NAE_EAA_T-354_Tartu_Tamme_Gumnaasium, lk 13
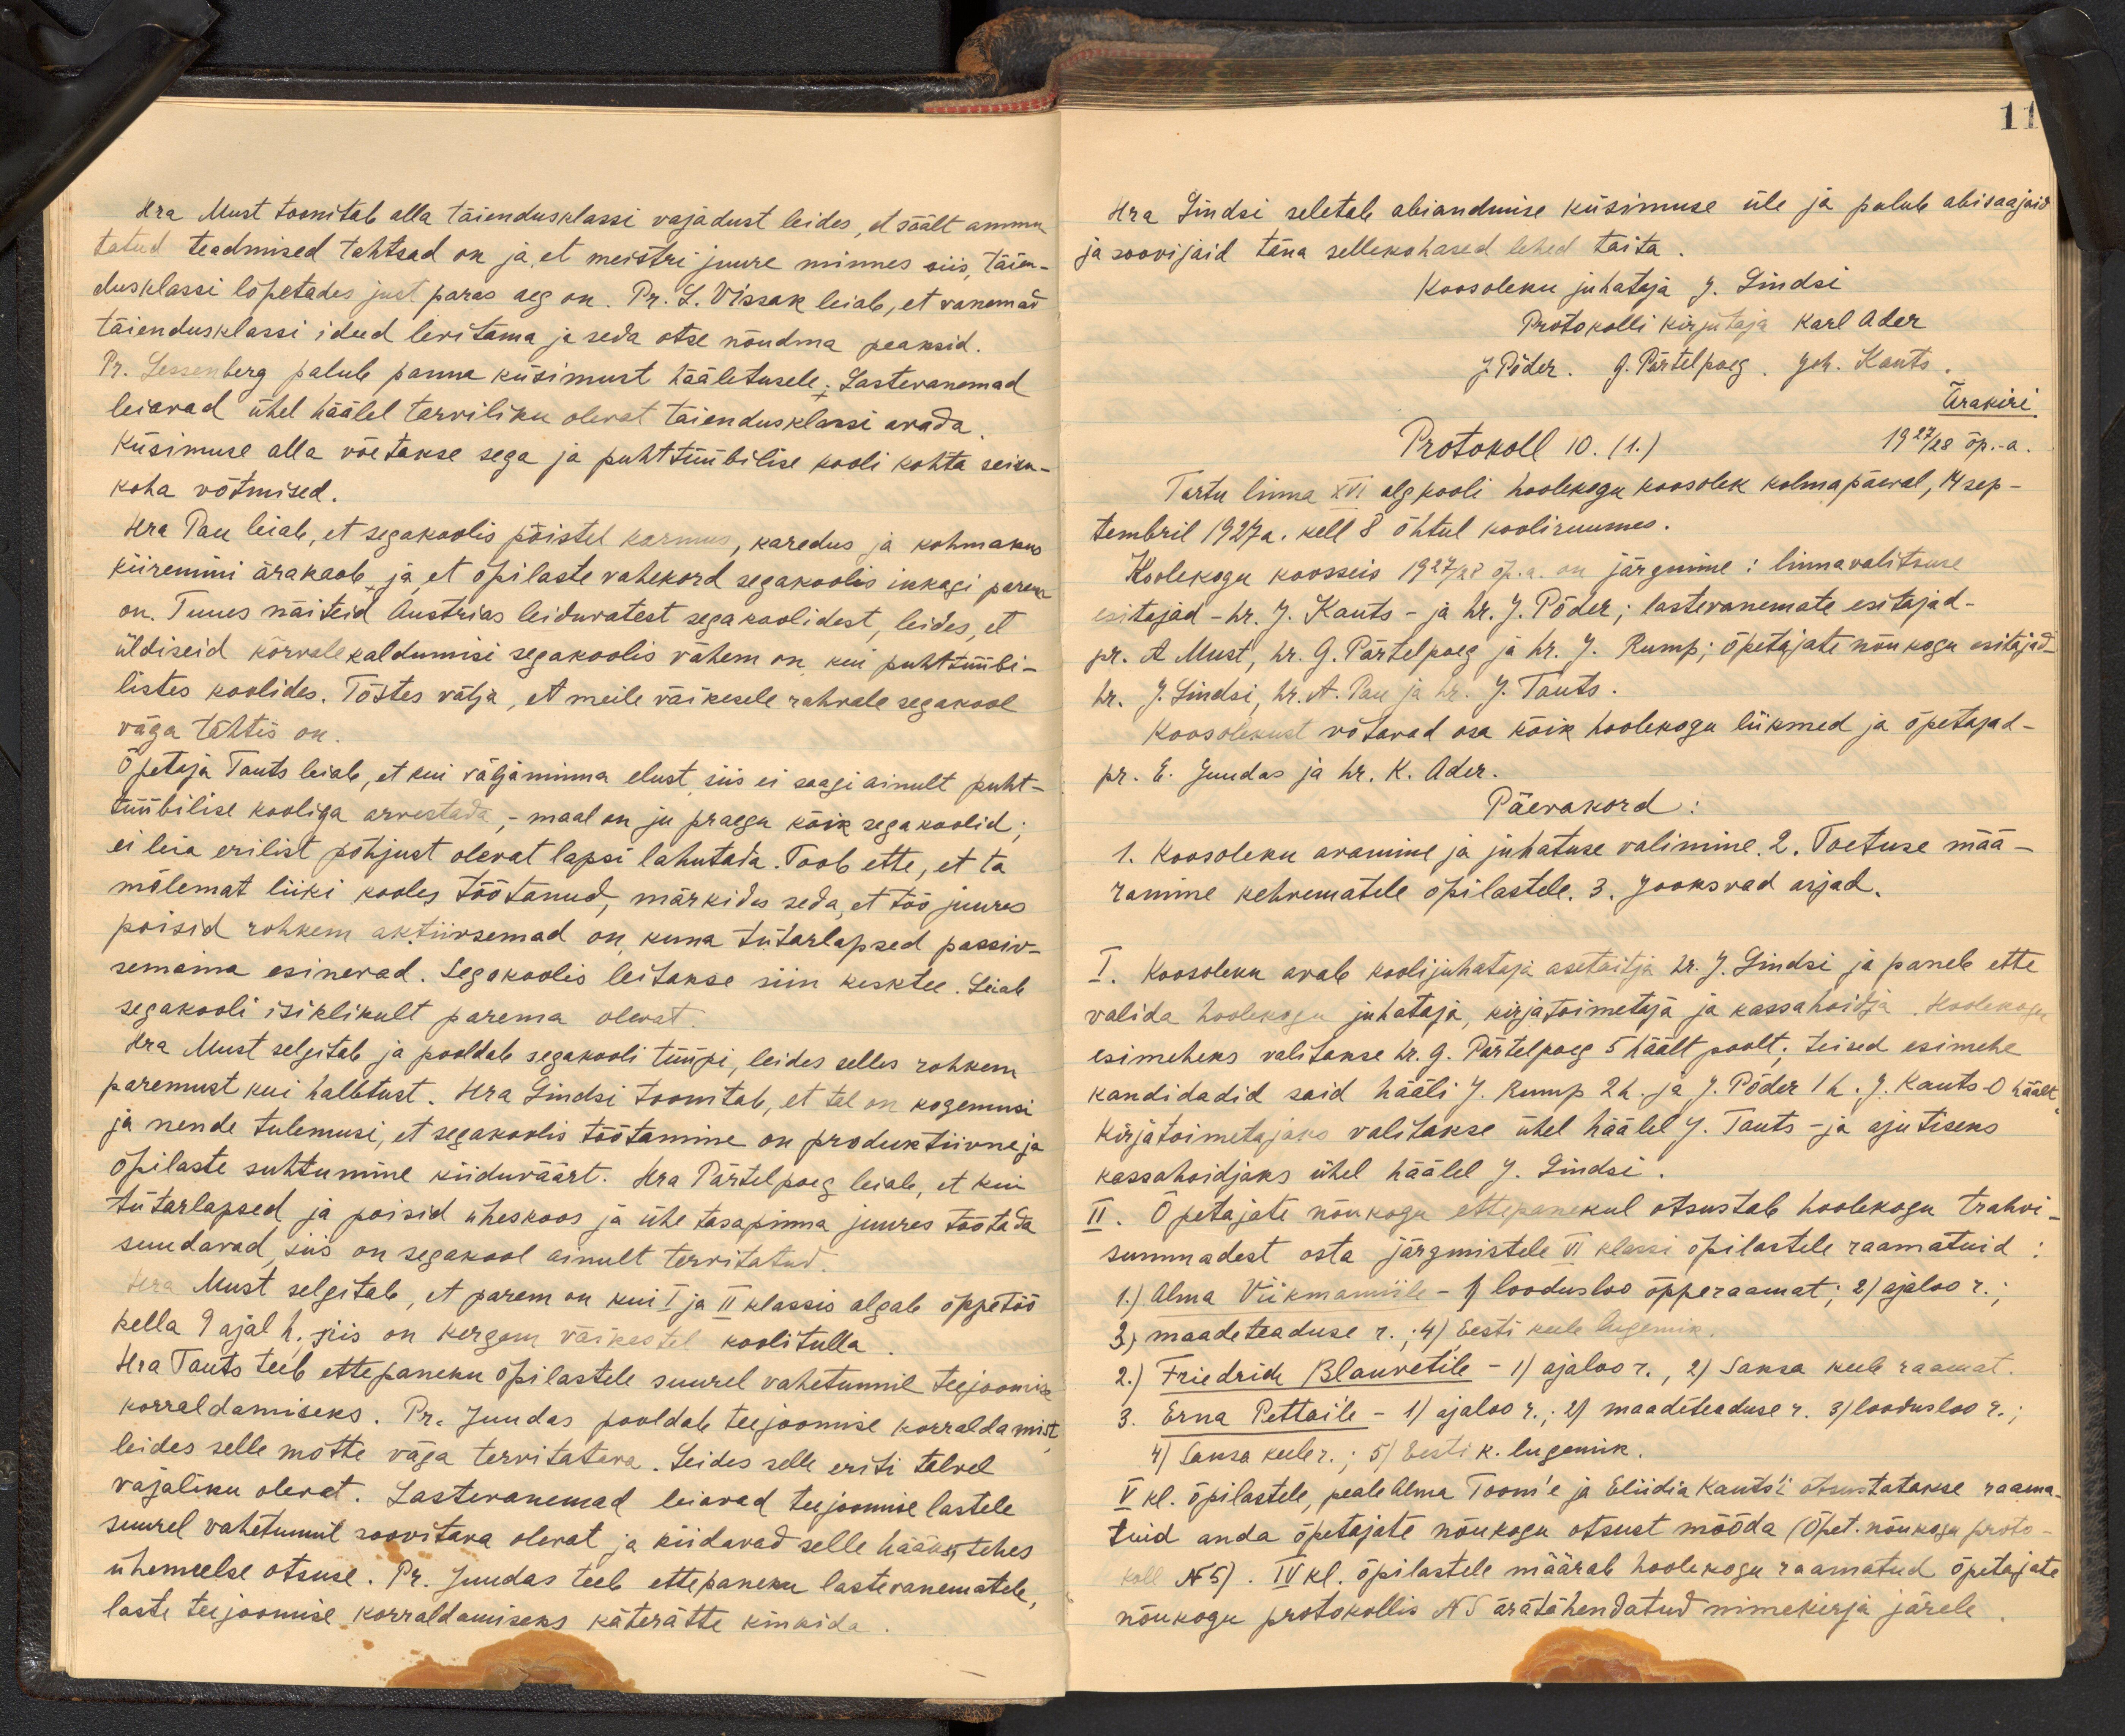
Hra Must toonitab alla täiendusklassi vajadust leides, et säält ammu
tatud teadmised tahtsad on ja et meistri juure minnes siis täien.
dusklassi lõpetades just paras aeg on. Pr. L. Vissak leiab, et vanemad
täiendusklassi ideed levitama ja seda otse nõudma peaksid.
Pr. Lessenberg palub panna küsimust hääletusele. Lastevanemad
leiavad ühel häälel tarviliku olevat täiendusklassi avada
Küsimuse alla võetakse sega ja puhttüübilise kooli kohta seisu-
koha võtmised.
Hra Pau leiab, et segakoolis poistel karmus, karedus ja kohmakus
kiiremini ärakaob ja et õpilaste vahekord segakoolis ikkagi parem
on. Tuues näiteid Austrias leiduvatest segakoolidest, leides, et
üldiseid kõrvale kaldumisi segakoolis vähem on kui puhttüübi-
listes koolides. Tõstes välja, et meile väikesele rahvale segakool
väga tähtis on.
Õpetaja Tauts leiab, et kui välja minna elust siis ei saagi ainult puht-
tüübilise kooliga arvestada, - maal on ju praegu kõik segakoolid;
ei leia erilist põhjust olevat lapsi lahutada. Toob ette, et ta
mõlemat liiki kooles töötanud, märkides seda et töö juures
poisid rohkem aktiivsemad on kuna tütarlapsed passiv-
semaina esinevad. Segokoolis leitakse siin kesktee. Leiab
segakooli isiklikult parema olevat.
Hra Must selgitab ja pooldab segakooli tüüpi, leides selles rohkem
paremust kui halbtust. Hra Lindsi toomitab, et tal on kogemusi
ja nende tulemusi, et segakoolis töötamine on produktiivne ja
õpilaste suhtumine kiiduväärt. Hra Pärtelpoeg leiab, et kui
tütarlapsed ja poisid üheskoos ja ühe tasapinna juures töötada
suudavad, siis on segakool ainult tervitatud
Hra Must selgitab, et parem on kui I ja II klassis algab õppetöö
kella 9 ajal h. siis on kergem väikestel koolitulla
Hra Tauts teeb ettepaneku õpilastele suurel vahetunnil teejoomise
korraldamiseks. Pr. Juudas pooldab teejoomise korraldamist
leides selle mõtte väga tervitatava. Seides selle eriti talvel
vajaliku olevat. Lastevanemad leiavad teejoomise lastele
suurel vahetunnil soovitava olevat ja kiidavad selle hääks, tehes
ühemeelse otsuse. Pr. Juudas teeb ettepaneku lastevanematele,
laste tee joomise korraldamiseks käterätte kinkida

11
Hra Lindsi seletab abiandmise küsimuse üle ja palub abisaajaid
ja soovijaid täna sellekohased lehed täita.
Koosoleku juhataja J. Lindsi
Protokolli kirjutaja Karl Ader
J. Põder. G. Pärtel poeg. Joh. Kauts
Ärakiri
Protokoll 10. (1.) 1927/28 õp.-a.
Tartu linna XVI algkooli hoolekogu koosolek kolmapäeval, 14 sep-
tembril 1927 a. kell 8 õhtul kooliruumes.
Hoolekogu koosseis 1927/28 õp.a. on järgmine: linnavalitsuse
esitajad - hr. J. Kauts - ja hr. J. Põder; lastevanemate esitajad-
pr. A Must, hr. G. Pärtelpoeg ja hr. J. Rump; õpetajate nõukogu esitajad.
hr. J. Lindsi, hr. A. Pau ja hr. J. Tauts.
Koosolekust võtavad osa kõik hoolekogu liikmed ja õpetajad-
pr. E. Juudas ja hr. K. Ader.
Päevakord
1. Koosoleku avamine ja juhatuse valimine. 2. Toetuse mää-
ramine kehvematele õpilastele 3. jooksvad asjad.
I. Koosoleku avab koolijuhataja asetäitja hr. J. Lindsi ja paneb ette
valida hoolekogu juhataja, kirjatoimetaja ja kassahoidja. Hoolekogu
esimeheks valitakse hr. G. Pärtelpoeg 5 häält poolt. teised esimehe
kandidadid said hääli J. Rump 2 h. ja J. Põder 1 h. J. Kauts-0 häält
Kirjatoimetajaks valitakse ühel häälel J. Tauts - ja ajutiseks
kassahoidjaks ühel häälel J. Lindsi.
II. Õpetajate nõukogu ettepanekul otsustab hoolekogu trahvi
summadest osta järgmistele VI klassi õpilastele raamatuid
1.) Alma Viikmanile - 1 loodusloo õpperaamat; 2) ajaloo r.;
3) maadeteaduse r. ; 4) Eesti keele lugemik
2) Friedrich Blauvetile - 1) ajaloo r., 2) Saksa keele raamat.
3. Erna Pettaile - 1) ajaloo r. 2) maadeteaduse r. 3) loodusloo r.,
4) Saksa keele r. ; 5) Eesti k. lugemik.
V kl. õpilastele, peale Alma Toom'e ja Eliidia Kauts'i otsustatakse raama
tuid anda õpetajate nõukogu otsust mööda (Õpet.nõukogu proto-
koll No 5). IV kl. õpilastele määrab hoolekogu raamatud õpetajate
nõukogu protokollis No 5 äratähendatud nimekirja järele